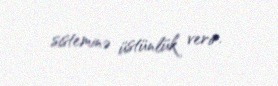
sisteminə üstünlük verir.